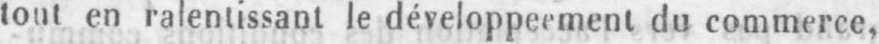
tout en ralentissant le développeement du commerce,